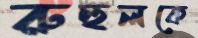
রুহুলকে